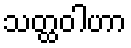
သတ္ထဝါဟာ